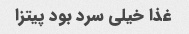
غذا خیلی سرد بود پیتزا